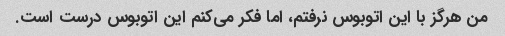
من هرگز با این اتوبوس نرفتم، اما فکر می‌کنم این اتوبوس درست است.